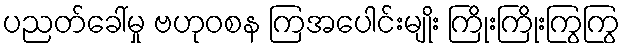
ပညတ်ခေါ်မှု ဗဟုဝစန ကြအပေါင်းမျိုး ကြိုးကြိုးကြွကြွ